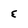
Character: E